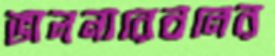
ভালনারেবলের